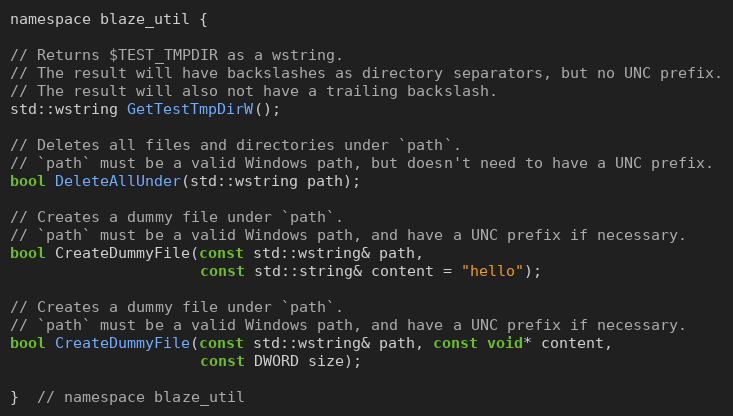
Language: C
namespace blaze_util {

// Returns $TEST_TMPDIR as a wstring.
// The result will have backslashes as directory separators, but no UNC prefix.
// The result will also not have a trailing backslash.
std::wstring GetTestTmpDirW();

// Deletes all files and directories under `path`.
// `path` must be a valid Windows path, but doesn't need to have a UNC prefix.
bool DeleteAllUnder(std::wstring path);

// Creates a dummy file under `path`.
// `path` must be a valid Windows path, and have a UNC prefix if necessary.
bool CreateDummyFile(const std::wstring& path,
                     const std::string& content = "hello");

// Creates a dummy file under `path`.
// `path` must be a valid Windows path, and have a UNC prefix if necessary.
bool CreateDummyFile(const std::wstring& path, const void* content,
                     const DWORD size);

}  // namespace blaze_util